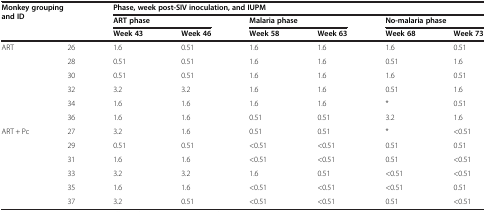
| <ROWSPAN=3-COLSPAN=2> Monkey grouping and ID | <COLSPAN=6> Phase, week post-SIV inoculation, and IUPM |
 | <COLSPAN=2> ART phase | <COLSPAN=2> Malaria phase | <COLSPAN=2> No-malaria phase |
 | Week 43 | Week 46 | Week 58 | Week 63 | Week 68 | Week 73 |
 | --- | --- | --- | --- | --- | --- | --- | --- |
 | <ROWSPAN=6> ART | 26 | 1.6 | 0.51 | 1.6 | 1.6 | 1.6 | 0.51 |
 | 28 | 0.51 | 0.51 | 1.6 | 1.6 | 0.51 | 1.6 |
 | 30 | 0.51 | 0.51 | 1.6 | 1.6 | 1.6 | 0.51 |
 | 32 | 3.2 | 3.2 | 1.6 | 1.6 | 0.51 | 1.6 |
 | 34 | 1.6 | 1.6 | 1.6 | 1.6 | * | 0.51 |
 | 36 | 1.6 | 1.6 | 0.51 | 0.51 | 3.2 | 1.6 |
 | <ROWSPAN=6> ART + Pc | 27 | 3.2 | 1.6 | 0.51 | 0.51 | * | <0.51 |
 | 29 | 0.51 | 0.51 | <0.51 | <0.51 | 0.51 | 0.51 |
 | 31 | 1.6 | 1.6 | <0.51 | <0.51 | 0.51 | <0.51 |
 | 33 | 3.2 | 3.2 | 1.6 | 0.51 | <0.51 | <0.51 |
 | 35 | 1.6 | 1.6 | <0.51 | <0.51 | <0.51 | 0.51 |
 | 37 | 3.2 | 0.51 | <0.51 | <0.51 | 0.51 | <0.51 |